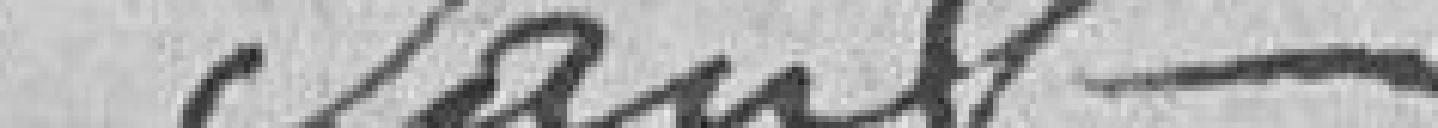
sauf